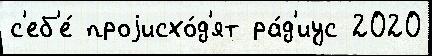
с'еб'е́ проjисхо́д'ят ра́д'иус 2020